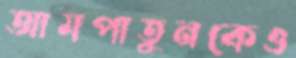
আমপাতুনকেও